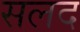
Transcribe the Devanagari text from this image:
सलद